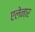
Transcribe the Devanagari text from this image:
एलेनार